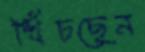
খিঁচছেন